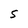
Character: S